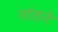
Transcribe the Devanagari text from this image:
गांठने